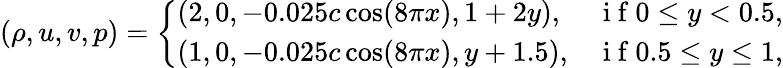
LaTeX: (\rho,u,v,p)=\left\{ \begin{array}{ll}{(2,0,-0.025c\cos(8\pi x),1+2y),}&{\mathrm{~i~f~}0\leq y<0.5,}\\ {(1,0,-0.025c\cos(8\pi x),y+1.5),}&{\mathrm{~i~f~}0.5\leq y\leq 1,}\end{array}\right.